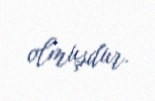
olmuşdur.